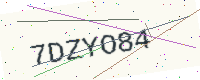
Text: 7DZYO84